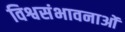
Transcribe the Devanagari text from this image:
विश्वसंभावनाओं